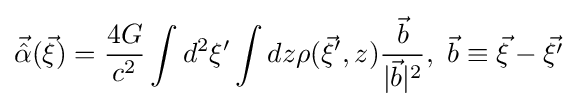
{\vec {\hat {\alpha }}}({\vec {\xi }})={\frac {4G}{c^{2}}}\int d^{2}\xi ^{\prime }\int dz\rho ({\vec {\xi }}^{\prime },z){\frac {\vec {b}}{|{\vec {b}}|^{2}}},~{\vec {b}}\equiv {\vec {\xi }}-{\vec {\xi ^{\prime }}}